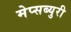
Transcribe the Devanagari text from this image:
मेप्सब्युरी